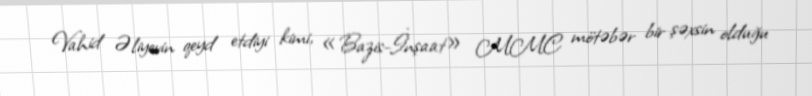
Vahid Əliyevin qeyd etdiyi kimi, «Bazis-İnşaat» MMC mötəbər bir şəxsin olduğu